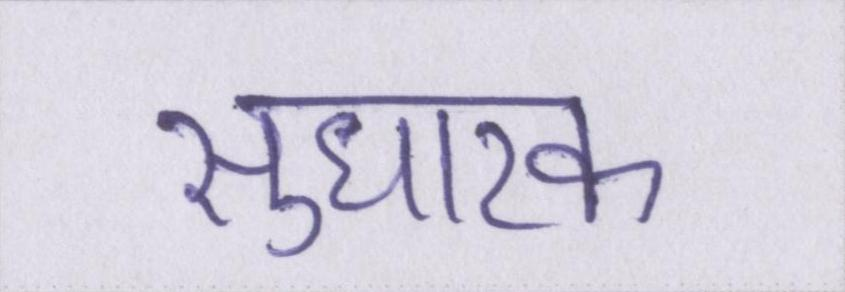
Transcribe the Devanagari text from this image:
सुधारक